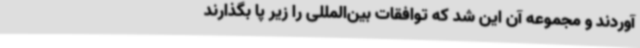
آوردند و مجموعه آن این شد که توافقات بین‌المللی را زیر پا بگذارند